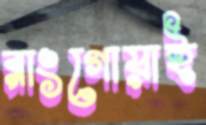
রাংগোয়াই